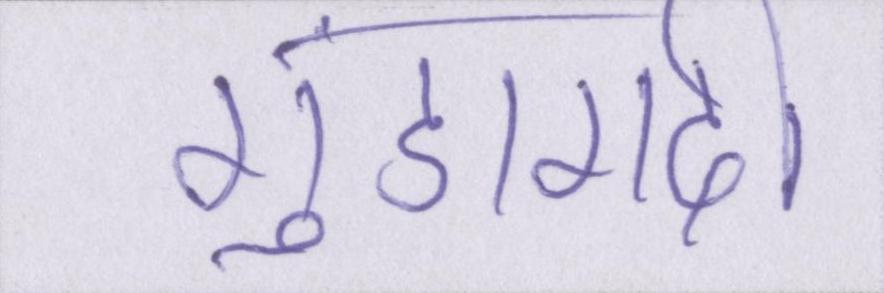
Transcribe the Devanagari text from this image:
गुंडागर्दी